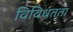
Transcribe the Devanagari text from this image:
विविधतता